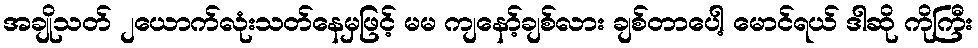
အချိုသတ် ၂ယောက်လုံးသတ်နေမှဖြင့် မမ ကျနော့်ချစ်လား ချစ်တာပေါ့ မောင်ရယ် ဒါဆို ကိုကြီး